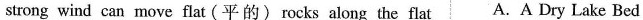
strong wind can move flat (平的)rocks along the flat A. A Dry Lake Bed